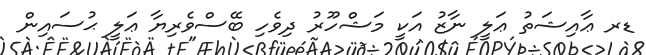
ޑރ ޢާއިޝަތު ޢަލީ ނާޒު އަކީ މަޝްހޫރު ދިވެހި ބޭސްވެރިޔާ ޢަލީ ޙުސައިން